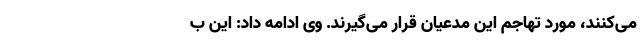
می‌کنند، مورد تهاجم این مدعیان قرار می‌گیرند. وی ادامه داد: این ب